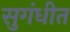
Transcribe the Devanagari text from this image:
सुगंधीत